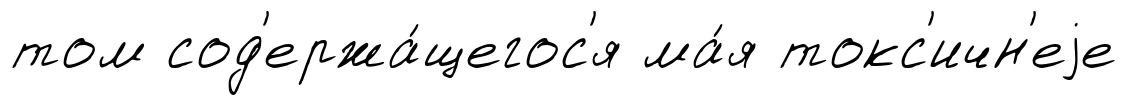
том сод'ержа́щегос'я ма́я токс'ичн'еjе